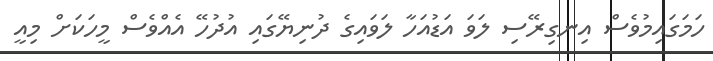
ހަމަގައިމުވެސް އިނގިރޭސި ލަވަ އަޑުއަހާ ލަވައިގެ ދުނިޔޭގައި އުދުހޭ އެއްވެސް މީހަކަށް މިއީ